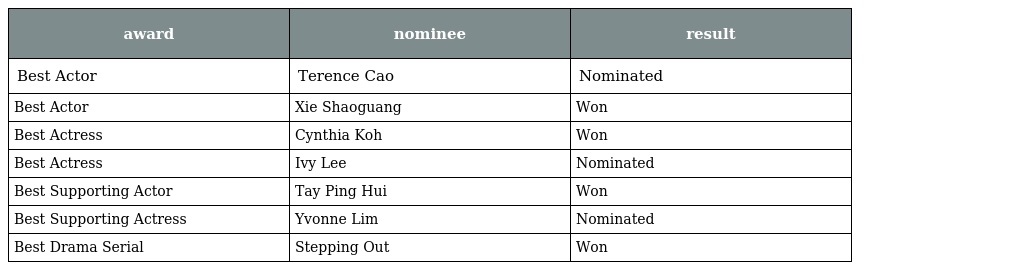
| award | nominee | result |
 | --- | --- | --- |
 | Best Actor | Terence Cao | Nominated |
 | Best Actor | Xie Shaoguang | Won |
 | Best Actress | Cynthia Koh | Won |
 | Best Actress | Ivy Lee | Nominated |
 | Best Supporting Actor | Tay Ping Hui | Won |
 | Best Supporting Actress | Yvonne Lim | Nominated |
 | Best Drama Serial | Stepping Out | Won |